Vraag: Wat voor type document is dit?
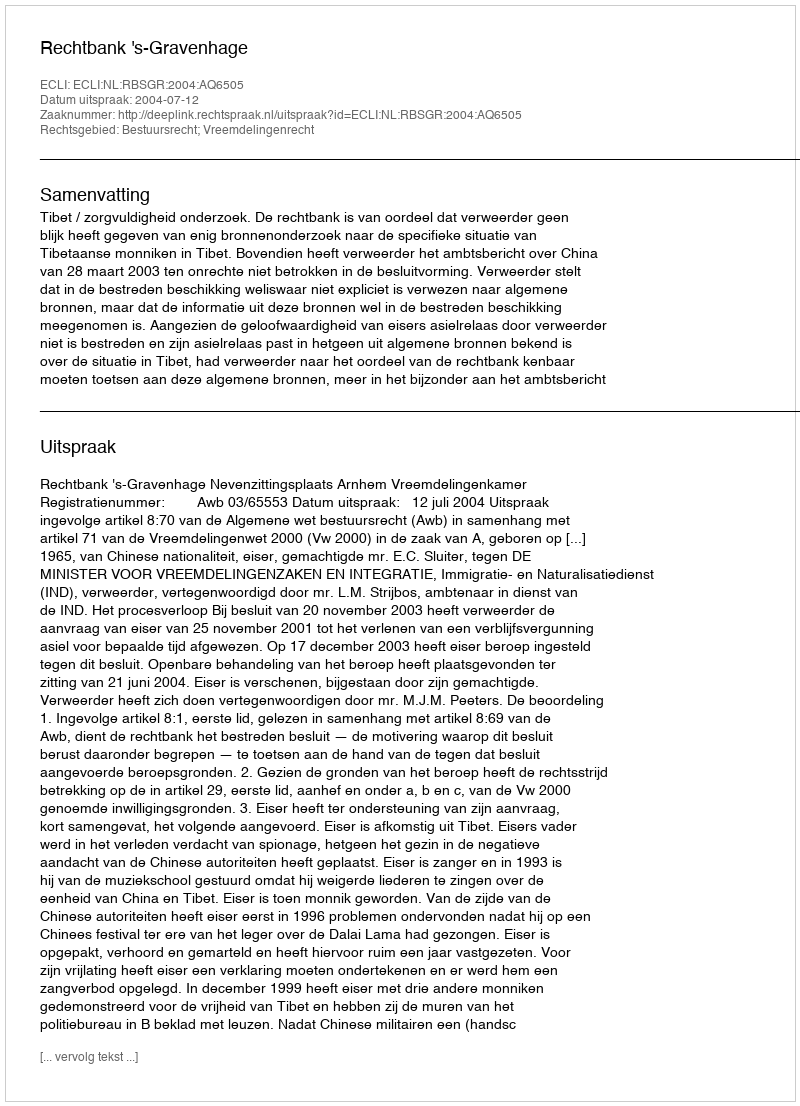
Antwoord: Uitspraak